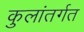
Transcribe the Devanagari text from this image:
कुलांतर्गत